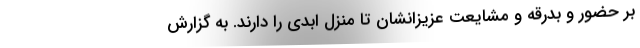
بر حضور و بدرقه و مشایعت عزیزانشان تا منزل ابدی را دارند. به گزارش